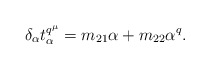
\begin{align*}\delta_{\alpha}t_{\alpha}^{q^{\mu}}=m_{21}\alpha + m_{22}\alpha^q.\end{align*}